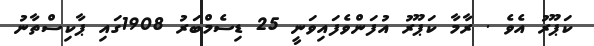
ކަޕޫރު އެވެ . ރާމާ ކަޕޫރު އުފަންވެފައިވަނީ 25 ޑިސެމްބަރު 1908ގައި ޕާކިސްތާނު